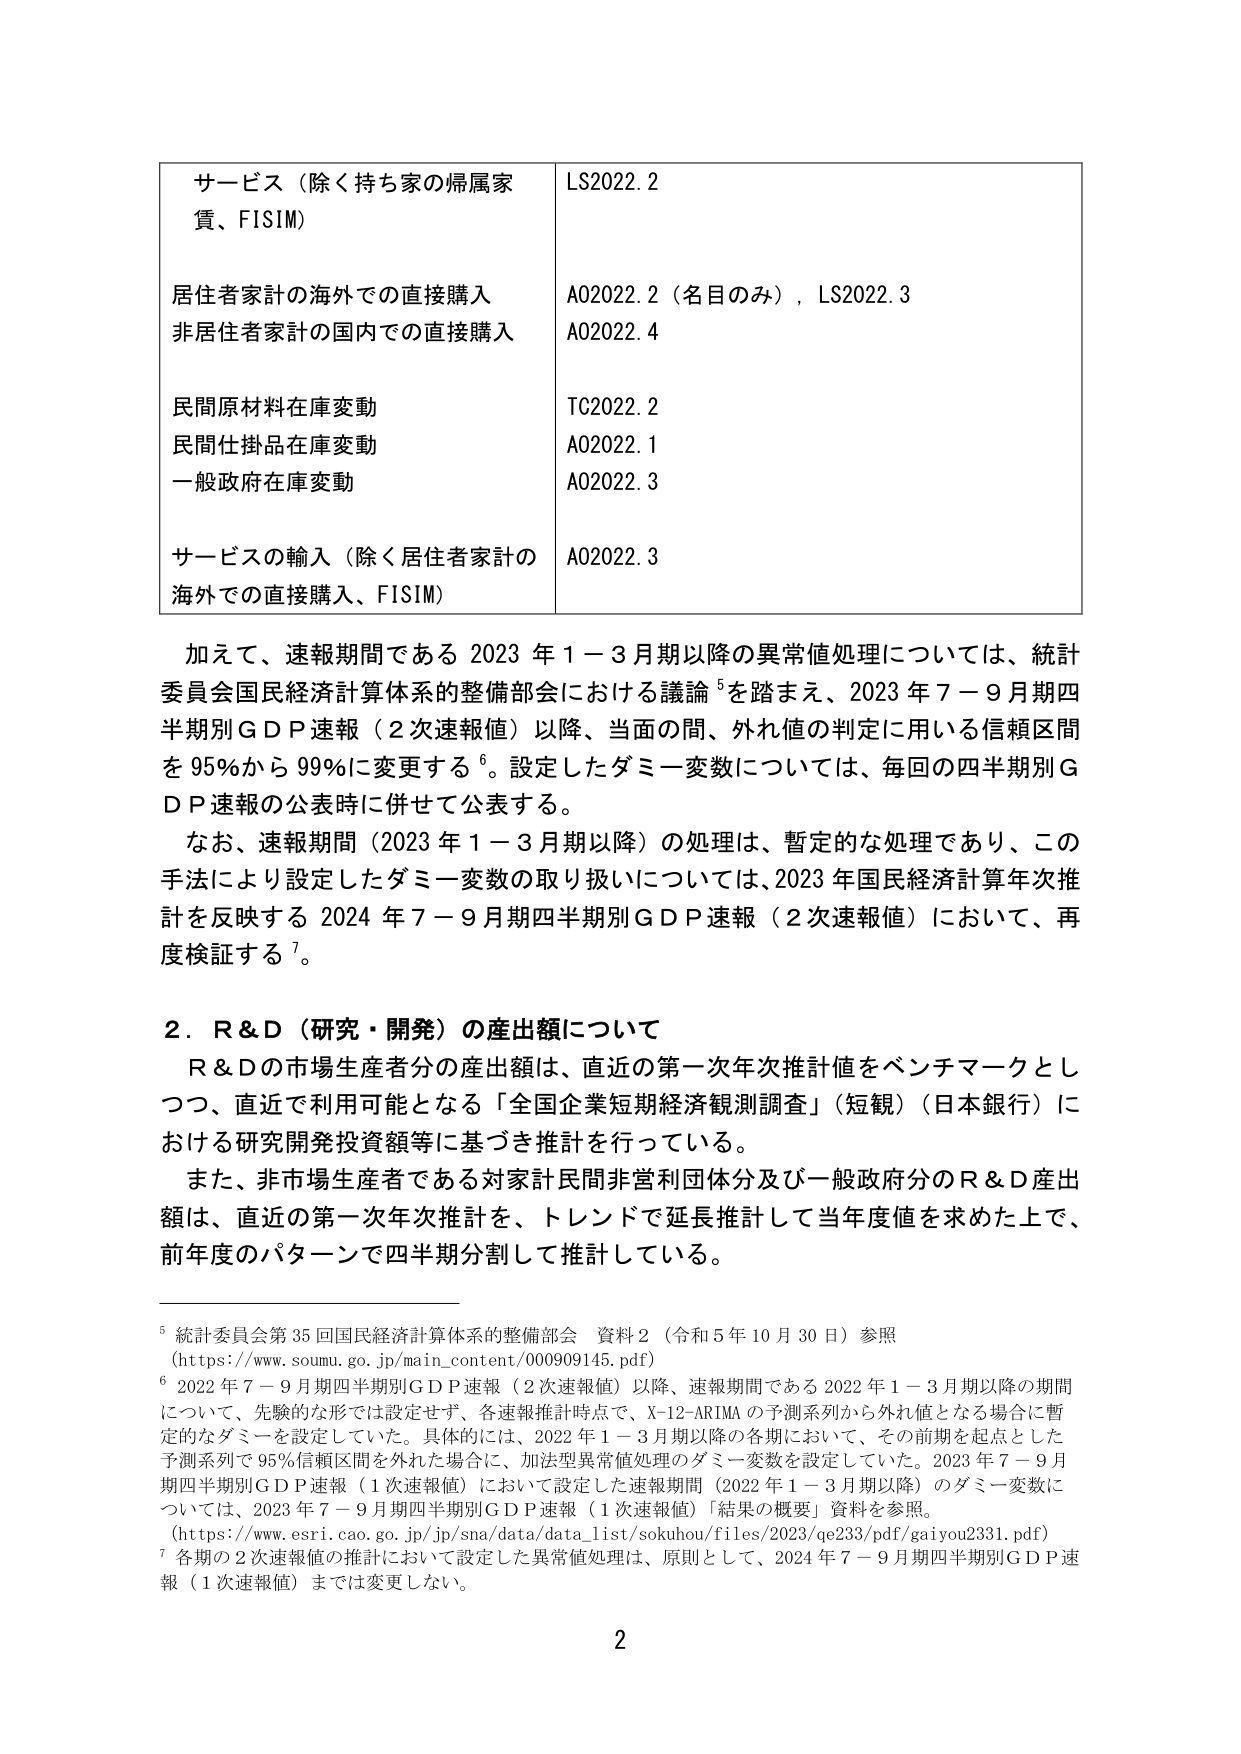
サービス（除く持ち家の帰属家賃、FISIM）
LS2022.2

居住者家計の海外での直接購入
A02022.2（名目のみ），LS2022.3
非居住者家計の国内での直接購入
A02022.4

民間原材料在庫変動
TC2022.2
民間仕掛品在庫変動
A02022.1
一般政府在庫変動
A02022.3

サービスの輸入（除く居住者家計の海外での直接購入、FISIM）
A02022.3

加えて、速報期間である 2023 年 1－3 月期以降の異常値処理については、統計委員会国民経済計算体系の整備部会における議論⁵を踏まえ、2023 年 7－9 月期四半期別 G D P 速報（2 次速報値）以降、当面の間、外れ値の判定に用いる信頼区間を 95％から 99％に変更する⁶。設定したダミー変数については、毎回の四半期別 G D P 速報の公表時に併せて公表する。

なお、速報期間（2023 年 1－3 月期以降）の処理は、暫定的な処理であり、この手法により設定したダミー変数の取り扱いについては、2023 年国民経済計算年次推計を反映する 2024 年 7－9 月期四半期別 G D P 速報（2 次速報値）において、再度検証する⁷。

2．R＆D（研究・開発）の産出額について
R＆D の市場生産者分の産出額は、直近の第一次年次推計値をベンチマークとしつつ、直近で利用可能となる「全国企業短期経済観測調査」（短観）（日本銀行）における研究開発投資額等に基づき推計を行っている。
また、非市場生産者である対家計民間非営利団体分及び一般政府分の R＆D 産出額は、直近の第一次年次推計を、トレンドで延長推計して当年度値を求めた上で、前年度のパターンで四半期分割して推計している。

⁵ 統計委員会第 35 回国民経済計算体系の整備部会 資料 2（令和 5 年 10 月 30 日）参照
（https://www.soumu.go.jp/main_content/000909145.pdf）

⁶ 2022 年 7－9 月期四半期別 G D P 速報（2 次速報値）以降、速報期間である 2022 年 1－3 月期以降の期間について、先験的な形では設定せず、各速報推計時点で、X-12-ARIMA の予測系列から外れ値となる場合に暫定的なダミーを設定していた。具体的には、2022 年 1－3 月期以降の各期において、その前期を起点とした予測系列で 95％信頼区間を外れた場合に、加法型異常値処理のダミー変数を設定していた。2023 年 7－9 月期四半期別 G D P 速報（1 次速報値）において設定した速報期間（2022 年 1－3 月期以降）のダミー変数については、2023 年 7－9 月期四半期別 G D P 速報（1 次速報値）「結果の概要」資料を参照。
（https://www.esri.cao.go.jp/jp/sna/data/data_list/sokuhou/files/2023/qe233/pdf/gaiyou2331.pdf）

⁷ 各期の 2 次速報値の推計において設定した異常値処理は、原則として、2024 年 7－9 月期四半期別 G D P 速報（1 次速報値）までは変更しない。

2